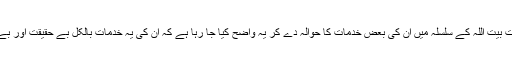
اب یہ تولیت بیت اللہ کے سلسلہ میں ان کی بعض خدمات کا حوالہ دے کر یہ واضح کیا جا رہا ہے کہ ان کی یہ خدمات بالکل بے حقیقت اور بے وزن ہیں۔